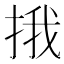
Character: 㧴